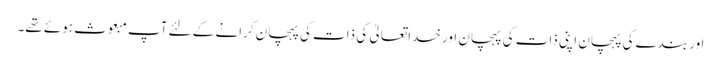
اور بندے کی پہچان اپنی ذات کی پہچان اور خداتعالیٰ کی ذات کی پہچان کرانے کے لئے آپ مبعوث ہوئے تھے۔